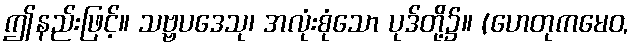
ဤနည်းဖြင့်။ သဗ္ဗပဒေသု၊ အလုံးစုံသော ပုဒ်တို့၌။ (ဟေတုကမေဝ,